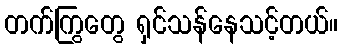
တက်ကြွတွေ ရှင်သန်နေသင့်တယ်။